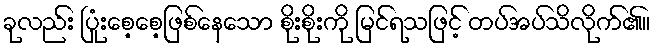
ခုလည်း ပြုံးစေ့စေ့ဖြစ်နေသော စိုးစိုးကို မြင်ရသဖြင့် တပ်အပ်သိလိုက်၏။